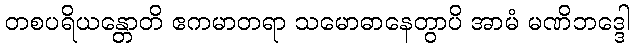
တစပရိယန္တောတိ ဧကမာတရာ သမောဓာနေတွာပိ အာမံ မဏိဘဒ္ဒေါ